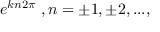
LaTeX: \; e ^ { k n 2 \pi } \; , n = \pm 1 , \pm 2 , . . . ,